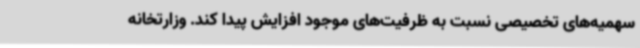
سهمیه‌های تخصیصی نسبت به ظرفیت‌های موجود افزایش پیدا کند. وزارتخانه